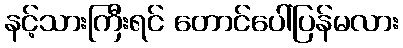
နင့်သားကြီးရင် တောင်ပေါ်ပြန်မလား